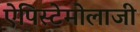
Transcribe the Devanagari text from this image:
ऐपिस्टेमोलाजी